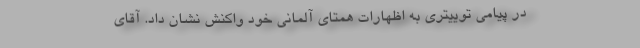
در پیامی توییتری به اظهارات همتای آلمانی خود واکنش نشان داد. آقای